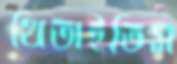
থিতাইতিস